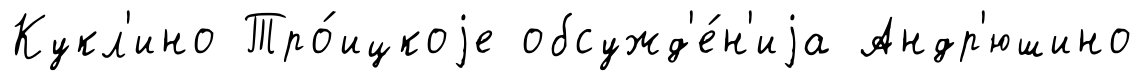
Кукл'ино Тро́ицкоjе обсужд'е́н'иjа Андр'юшино